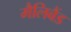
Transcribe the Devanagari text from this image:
मैलिबैंड